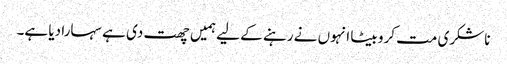
ناشکری مت کرو بیٹا انہوں نے رہنے کے لیے ہمیں چھت دی ہے سہارا دیا ہے۔